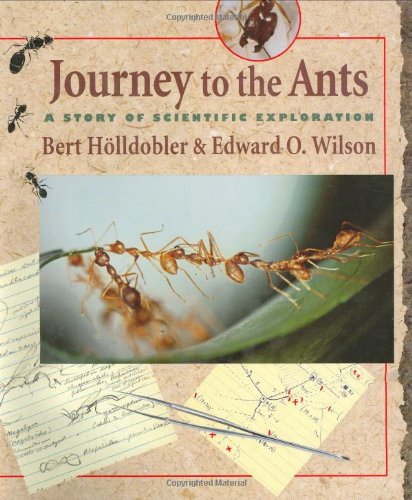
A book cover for Journey to the Ants: A Story of Scientific Exploration; Bert HÃ¶lldobler; Sports & Outdoors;